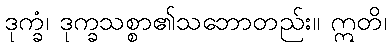
ဒုက္ခံ၊ ဒုက္ခသစ္စာ၏သဘောတည်း။ ဣတိ၊